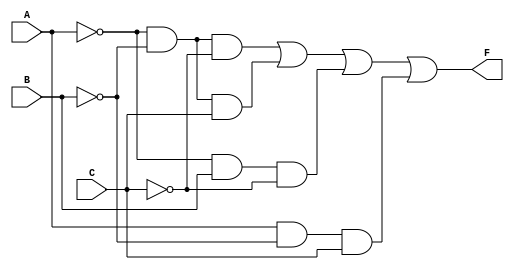
module sop_logic (
    input wire A, // Input A
    input wire B, // Input B
    input wire C, // Input C
    output wire F // Output F
);

// Declare internal signals for the minterms
wire notA, notB, notC;
wire term1, term2, term3, term4;

// Invert the inputs
not (notA, A); // A'
not (notB, B); // B'
not (notC, C); // C'

// Create the product terms corresponding to the minterms
and (term1, notA, notB, notC); // A'B'C'
and (term2, notA, notB, C);     // A'B'C
and (term3, notA, B, notC);     // A'BC'
and (term4, A, notB, C);        // AB'C

// Combine the product terms with an OR gate to get output F
or (F, term1, term2, term3, term4); // Final SOP expression

endmodule